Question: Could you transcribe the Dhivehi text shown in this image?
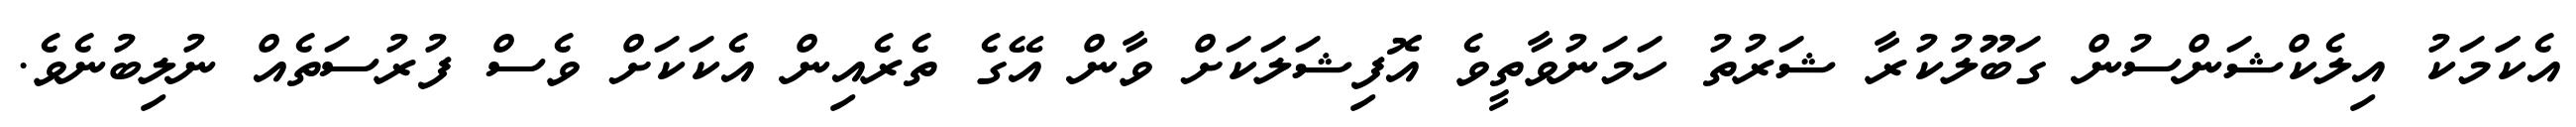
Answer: އެކަަމަކު އިލެކްޝަންސުން ގަބޫލުކުރާ ޝަރުތު ހަމަނުވާތީވެ އޮފިޝަލަކަށް ވާން އޭގެ ތެރެއިން އެކަކަށް ވެސް ފުރުސަތެއް ނުލިބުނެވެ.